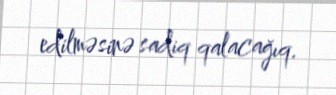
edilməsinə sadiq qalacağıq.